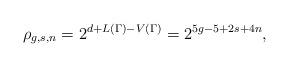
LaTeX: \begin{align*}\rho_{g,s,n}=2^{d+L(\Gamma)-V(\Gamma)}=2^{5g-5+2s+4n},\end{align*}